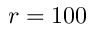
r = 1 0 0